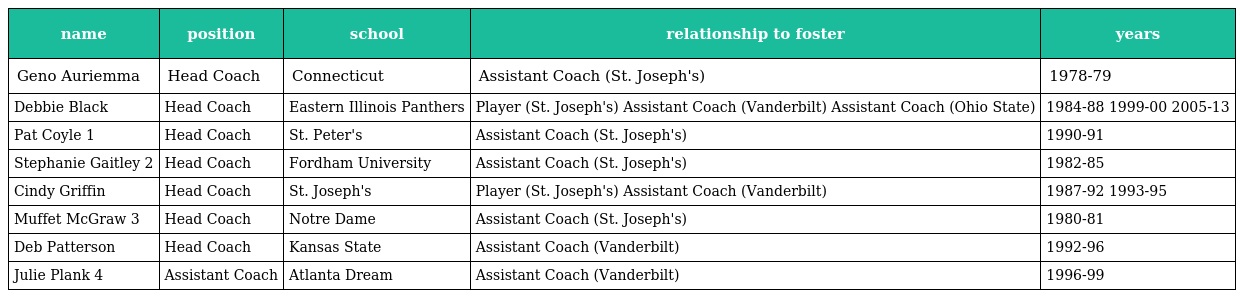
| name | position | school | relationship to foster | years |
 | --- | --- | --- | --- | --- |
 | Geno Auriemma | Head Coach | Connecticut | Assistant Coach (St. Joseph's) | 1978-79 |
 | Debbie Black | Head Coach | Eastern Illinois Panthers | Player (St. Joseph's) Assistant Coach (Vanderbilt) Assistant Coach (Ohio State) | 1984-88 1999-00 2005-13 |
 | Pat Coyle 1 | Head Coach | St. Peter's | Assistant Coach (St. Joseph's) | 1990-91 |
 | Stephanie Gaitley 2 | Head Coach | Fordham University | Assistant Coach (St. Joseph's) | 1982-85 |
 | Cindy Griffin | Head Coach | St. Joseph's | Player (St. Joseph's) Assistant Coach (Vanderbilt) | 1987-92 1993-95 |
 | Muffet McGraw 3 | Head Coach | Notre Dame | Assistant Coach (St. Joseph's) | 1980-81 |
 | Deb Patterson | Head Coach | Kansas State | Assistant Coach (Vanderbilt) | 1992-96 |
 | Julie Plank 4 | Assistant Coach | Atlanta Dream | Assistant Coach (Vanderbilt) | 1996-99 |